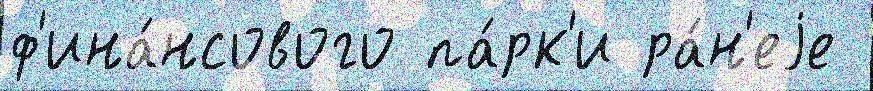
ф'ина́нсового па́рк'и ра́н'еjе